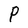
Character: P